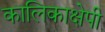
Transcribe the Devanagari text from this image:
कालिकाक्षेपी